Lunatic asylums Central Provinces reports 1886-1894 - 1886-1894
Year: 1886
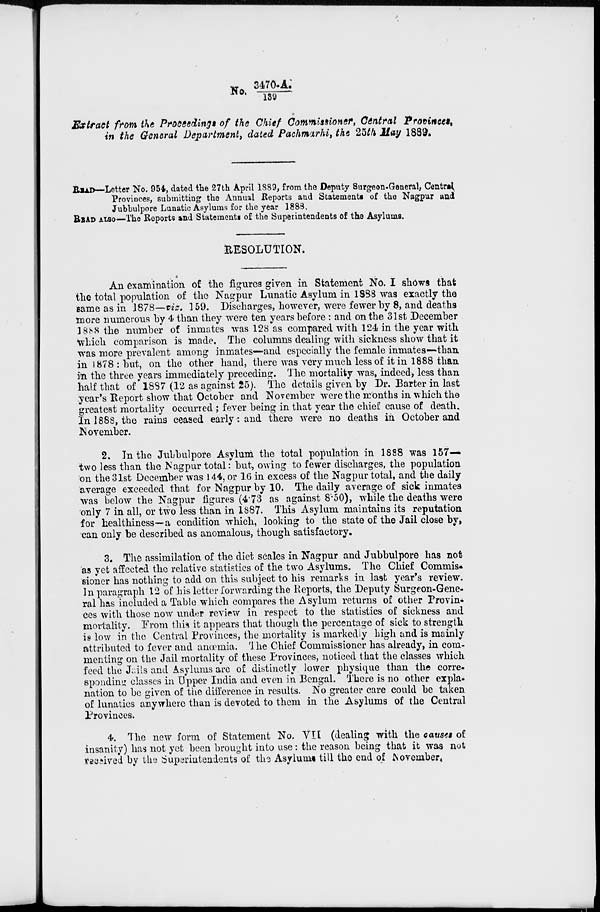
No. 3470-A./139
Extract from the Proceedings of the Chief Commissioner, Central Provinces,
in the General Department, dated Pachmarhi, the 25th May 1889.
READ—Letter No. 954, dated the 27th April 1889, from the Deputy Surgeon-General, Central
Provinces, submitting the Annual Reports and Statements of the Nagpur and
Jubbulpore Lunatic Asylums for the year 1888.
READ ALSO—The Reports and Statements of the Superintendents of the Asylums.
RESOLUTION.
An examination of the figures given in Statement No. I shows that
the total population of the Nagpur Lunatic Asylum in 1888 was exactly the
same as in 1878—viz. 159. Discharges, however, were fewer by 8, and deaths
more numerous by 4 than they were ten years before : and on the 31st December
1888 the number of inmates was 128 as compared with 124 in the year with
which comparison is made. The columns dealing with sickness show that it
was more prevalent among inmates—and especially the female inmates—than
in 1878 : but, on the other hand, there was very much less of it in 1888 than
in the three years immediately preceding. The mortality was, indeed, less than
half that of 1887 (12 as against 25). The details given by Dr. Barter in last
year's Report show that October and November were the months in which the
greatest mortality occurred ; fever being in that year the chief cause of death.
In 1888, the rains ceased early: and there were no deaths in October and
November.
2. In the Jubbulpore Asylum the total population in 1888 was 157—
two less than the Nagpur total: but, owing to fewer discharges, the population
on the 31st December was 144, or 16 in excess of the Nagpur total, and the daily
average exceeded that for Nagpur by 10. The daily average of sick inmates
was below the Nagpur figures (4.73 as against 8.50), while the deaths were
only 7 in all, or two less than in 1887. This Asylum maintains its reputation
for healthiness—a condition which, looking to the state of the Jail close by,
can only be described as anomalous, though satisfactory,
3. The assimilation of the diet scales in Nagpur and Jubbulpore has not
as yet affected the relative statistics of the two Asylums. The Chief Commis-
sioner has nothing to add on this subject to his remarks in last year's review.
In paragraph 12 of his letter forwarding the Reports, the Deputy Surgeon-Gene-
ral has included a Table which compares the Asylum returns of other Provin-
ces with those now under review in respect to the statistics of sickness and
mortality. From this it appears that though the percentage of sick to strength
is low in the Central Provinces, the mortality is markedly high and is mainly
attributed to fever and anœmia. The Chief Commissioner has already, in com-
menting on the Jail mortality of these Provinces, noticed that the classes which
feed the Jails and Asylums are of distinctly lower physique than the corre-
sponding classes in Upper India and even in Bengal. There is no other expla-
nation to be given of the difference in results. No greater care could be taken
of lunatics anywhere than is devoted to them in the Asylums of the Central
Provinces.
4. The new form of Statement No. VII (dealing with the causes of
insanity) has not yet been brought into use : the reason being that it was not
received by the Superintendents of the Asylums till the end of November.